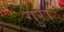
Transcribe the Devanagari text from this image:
गुरा